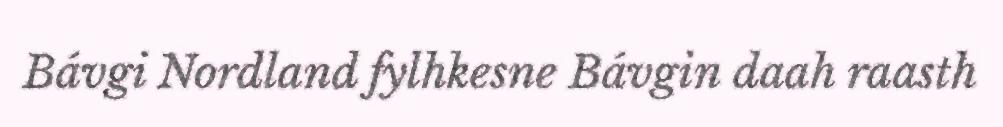
Bávgi Nordland fylhkesne Bávgin daah raasth